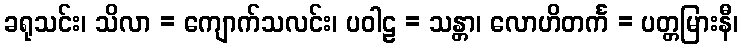
ခရုသင်း၊ သိလာ = ကျောက်သလင်း၊ ပဝါဠ = သန္တာ၊ လောဟိတင်္က = ပတ္တမြားနီ၊